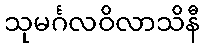
သုမင်္ဂလဝိလာသိနီ